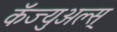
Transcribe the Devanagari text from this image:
कॅज्युअल्स्